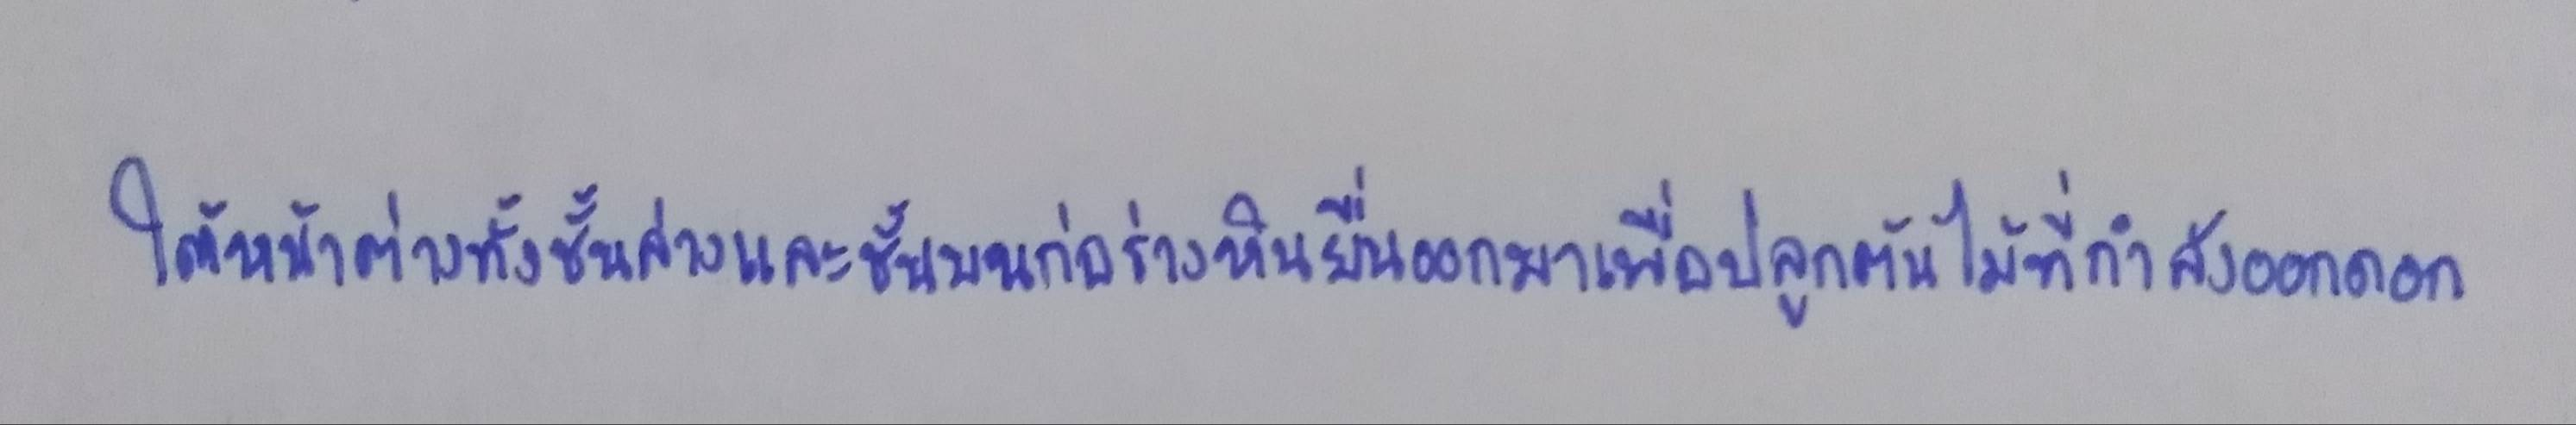
ใต้หน้าต่างทั้งชั้นล่างและชั้นบนก่อรางหินยื่นออกมาเพื่อปลูกต้นไม้ที่กำลังออกดอก